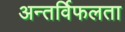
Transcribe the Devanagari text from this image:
अन्तर्विफलता